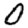
Digit: 0